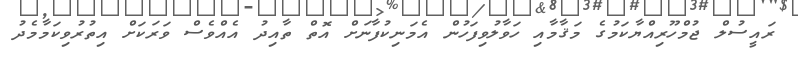
ރައީސުލް ޖުމްހޫރިއްޔާކަމުގެ މަޤާމާއި ހަވާލުވިފަހުން އެމަނިކުފާނަށް އޮތް ތާއިދު އެއްވެސް ވަރަކަށް އިތުރުވިކަމާމެދު